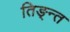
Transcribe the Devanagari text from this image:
तिङ्न्त